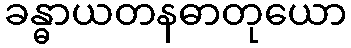
ခန္ဓာယတနဓာတုယော